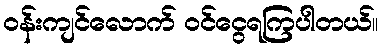
ဝန်းကျင်လောက် ဝင်ငွေရကြပါတယ်။